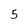
Character: 5